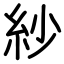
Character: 紗